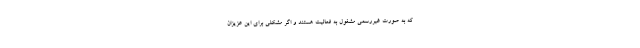
که به صورت غیررسمی مشغول به فعالیت هستند و اگر مشکلی برای این عزیزان